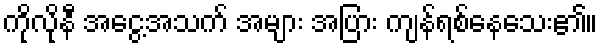
ကိုလိုနီ အငွေ့အသက် အများ အပြား ကျန်ရစ်နေသေး၏။